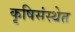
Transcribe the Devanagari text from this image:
कृषिसंस्थेत